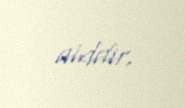
aiddir.